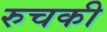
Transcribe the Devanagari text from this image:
रुचकी